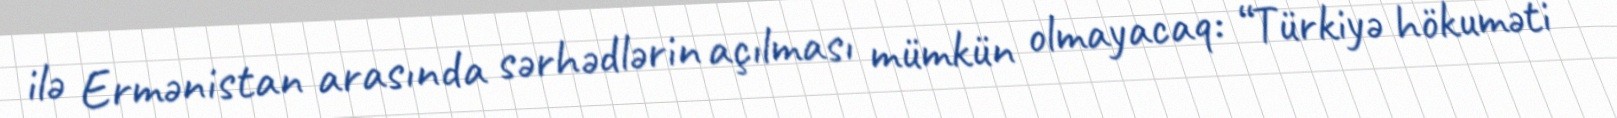
ilə Ermənistan arasında sərhədlərin açılması mümkün olmayacaq: “Türkiyə hökuməti